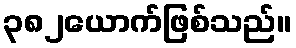
၃၈၂ယောက်ဖြစ်သည်။